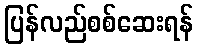
ပြန်လည်စစ်ဆေးရန်